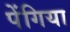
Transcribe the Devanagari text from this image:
पेंगिया